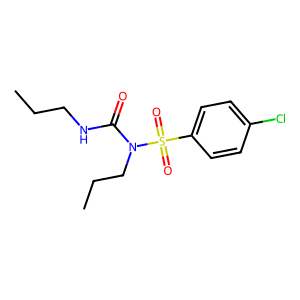
SMILES: CCCNC(=O)N(CCC)S(=O)(=O)c1ccc(Cl)cc1
Inhibits HIV replication: No